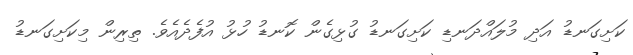
ކަށިގަނޑު އަދި މުލައްދަނޑި ކަށިގަނޑު ގުޅިގެން ކޮނޑު ހުޅު އުފެދެއެވެ. ތިރިން މިކަށިގަނޑު